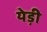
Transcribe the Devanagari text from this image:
येड़ी